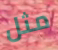
مثل